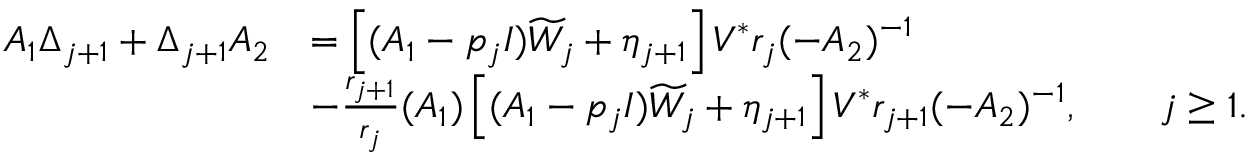
\begin{array} { r l } { A _ { 1 } \Delta _ { j + 1 } + \Delta _ { j + 1 } A _ { 2 } } & { = \left[ ( A _ { 1 } - p _ { j } I ) \widetilde { W } _ { j } + \eta _ { j + 1 } \right] V ^ { * } r _ { j } ( - A _ { 2 } ) ^ { - 1 } } \\ & { - \frac { r _ { j + 1 } } { r _ { j } } ( A _ { 1 } ) \left[ ( A _ { 1 } - p _ { j } I ) \widetilde { W } _ { j } + \eta _ { j + 1 } \right] V ^ { * } r _ { j + 1 } ( - A _ { 2 } ) ^ { - 1 } , \qquad j \geq 1 . } \end{array}